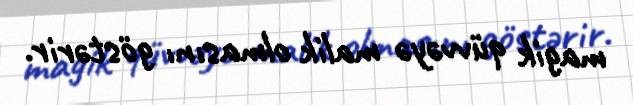
magik qüvvəyə malik olmasını göstərir.